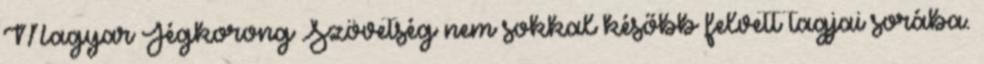
Magyar Jégkorong Szövetség nem sokkal később felvett tagjai sorába.